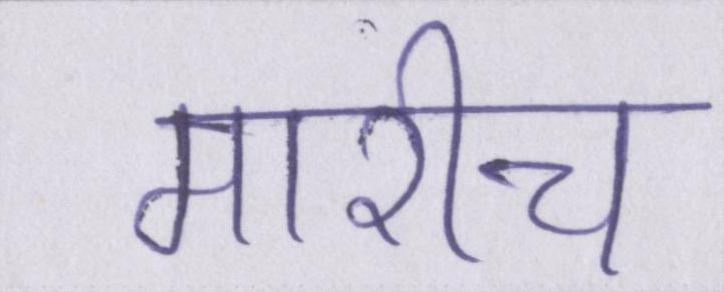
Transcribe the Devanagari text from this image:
मारीच